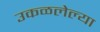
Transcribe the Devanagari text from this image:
उकळलेल्या